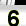
Digit: 6